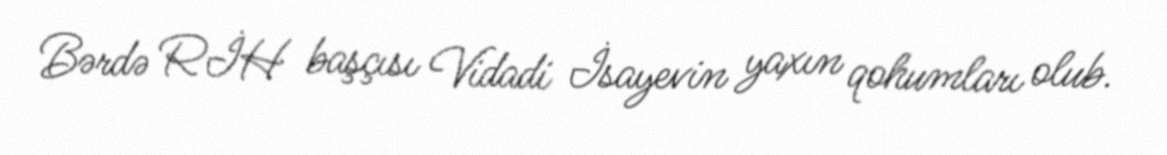
Bərdə RİH başçısı Vidadi İsayevin yaxın qohumları olub.